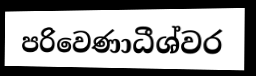
පරිවෙණාධීශ්වර